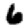
Digit: 6